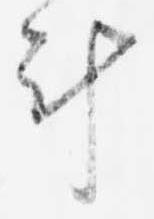
計